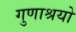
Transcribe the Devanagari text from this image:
गुणाश्रयो